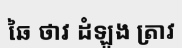
ឆៃ ថាវ ដំឡូង ត្រាវ